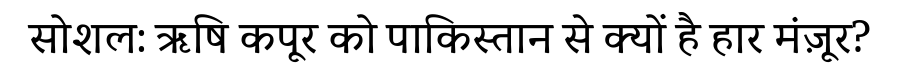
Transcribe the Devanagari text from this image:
सोशल: ऋषि कपूर को पाकिस्तान से क्यों है हार मंज़ूर?